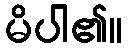
မိပါ၏။